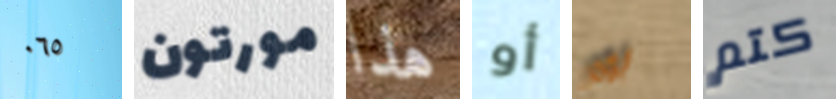
٠٦٥ مورتون هذا أو بومر كتم